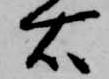
右